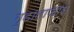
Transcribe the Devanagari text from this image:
गुडालाजारा